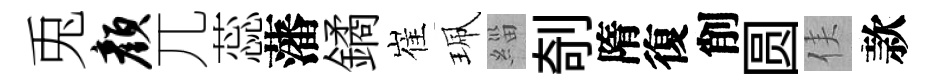
兎颜兀蕊藩鐍崔珮緇剞隋復削圆侯款